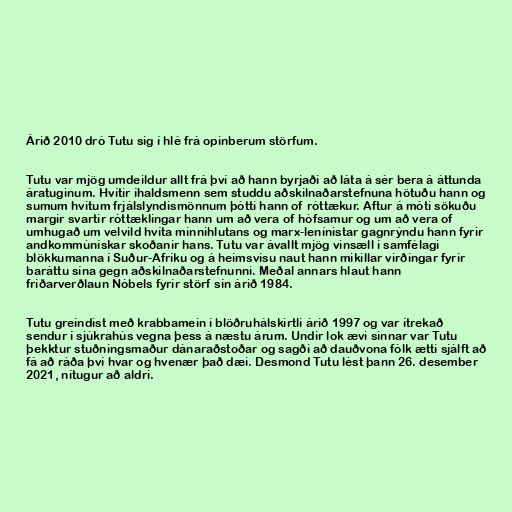
Árið 2010 dró Tutu sig í hlé frá opinberum störfum.

Tutu var mjög umdeildur allt frá því að hann byrjaði að láta á sér bera á áttunda
áratuginum. Hvítir íhaldsmenn sem studdu aðskilnaðarstefnuna hötuðu hann og
sumum hvítum frjálslyndismönnum þótti hann of róttækur. Aftur á móti sökuðu
margir svartir róttæklingar hann um að vera of hófsamur og um að vera of
umhugað um velvild hvíta minnihlutans og marx-lenínistar gagnrýndu hann fyrir
andkommúnískar skoðanir hans. Tutu var ávallt mjög vinsæll í samfélagi
blökkumanna í Suður-Afríku og á heimsvísu naut hann mikillar virðingar fyrir
baráttu sína gegn aðskilnaðarstefnunni. Meðal annars hlaut hann
friðarverðlaun Nóbels fyrir störf sín árið 1984.

Tutu greindist með krabbamein í blöðruhálskirtli árið 1997 og var ítrekað
sendur í sjúkrahús vegna þess á næstu árum. Undir lok ævi sinnar var Tutu
þekktur stuðningsmaður dánaraðstoðar og sagði að dauðvona fólk ætti sjálft að
fá að ráða því hvar og hvenær það dæi. Desmond Tutu lést þann 26. desember
2021, nítugur að aldri.